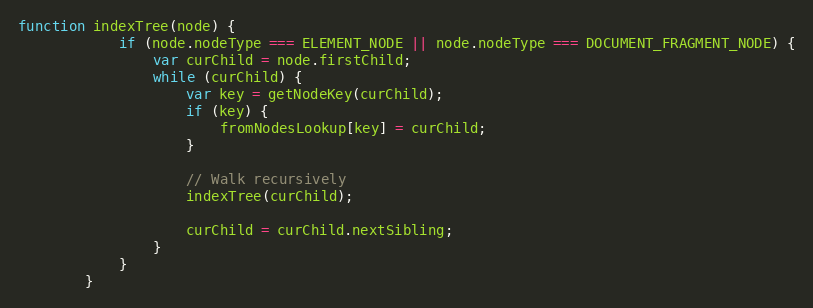
Language: JavaScript
function indexTree(node) {
            if (node.nodeType === ELEMENT_NODE || node.nodeType === DOCUMENT_FRAGMENT_NODE) {
                var curChild = node.firstChild;
                while (curChild) {
                    var key = getNodeKey(curChild);
                    if (key) {
                        fromNodesLookup[key] = curChild;
                    }

                    // Walk recursively
                    indexTree(curChild);

                    curChild = curChild.nextSibling;
                }
            }
        }